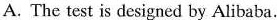
A. The test is designed by Alibaba.